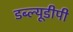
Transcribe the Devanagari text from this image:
डब्ल्यूडीपी